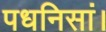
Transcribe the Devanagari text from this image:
पधनिसां।